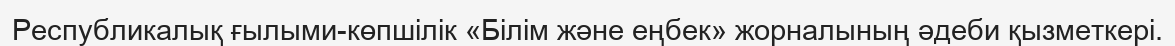
Республикалық ғылыми-көпшілік «Білім және еңбек» жорналының әдеби қызметкері.